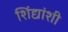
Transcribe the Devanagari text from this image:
शिंद्यांशी